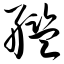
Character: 舰